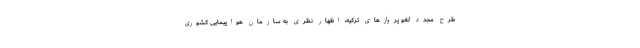
طرح مجدد لغو پروازهای ترکیه، اظهار نظری به سازمان هواپیمایی کشوری